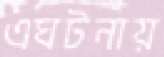
এঘটনায়